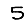
Digit: 5